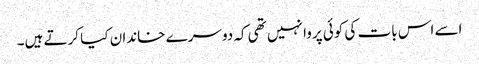
اسے اس بات کی کوئی پروا نہیں تھی کہ دوسرے خاندان کیا کرتے ہیں۔